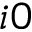
i 0